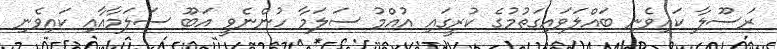
ރަސޫލާ ކައިވެނި ބައްލަވައިގަތުމުގެ ކުރީގައި އުއްމު ސަލަމާ ހުންނެވީ އަބޫ ސަލަމާއާއި ކައިވެނި